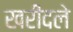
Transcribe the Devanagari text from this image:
खरीदले